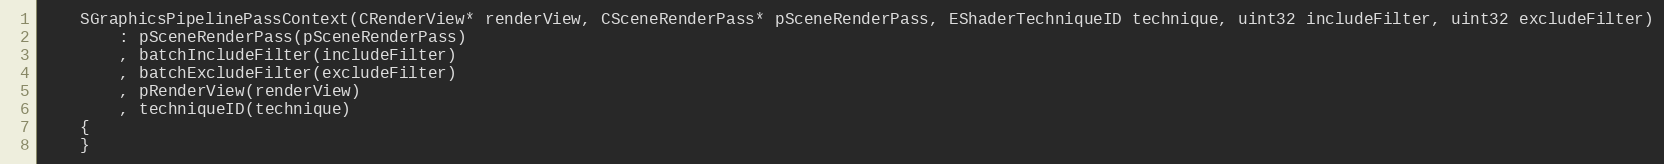
Language: C
	SGraphicsPipelinePassContext(CRenderView* renderView, CSceneRenderPass* pSceneRenderPass, EShaderTechniqueID technique, uint32 includeFilter, uint32 excludeFilter)
		: pSceneRenderPass(pSceneRenderPass)
		, batchIncludeFilter(includeFilter)
		, batchExcludeFilter(excludeFilter)
		, pRenderView(renderView)
		, techniqueID(technique)
	{
	}